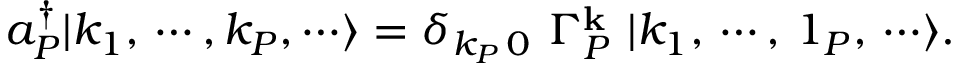
a _ { P } ^ { \dagger } | k _ { 1 } , \, \cdots , k _ { P } , \cdots \rangle = \delta _ { k _ { P } \, 0 } \, \, \Gamma _ { P } ^ { \mathbf { k } } \, \, | k _ { 1 } , \, \cdots , \, 1 _ { P } , \, \cdots \rangle .